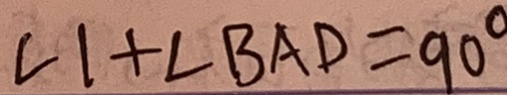
\angle 1 + \angle B A D = 9 0 ^ { \circ }